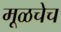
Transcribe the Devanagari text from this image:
मूळचेच